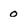
Character: 0